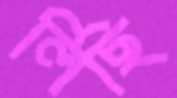
লিছি